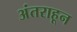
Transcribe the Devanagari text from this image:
अंतराहून